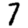
Digit: 7